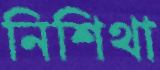
নিশিথা